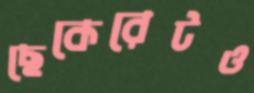
ছেকেরেটও